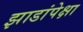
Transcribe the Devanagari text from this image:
झाडांपेक्षा